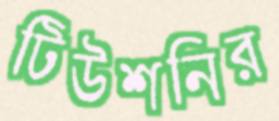
টিউশনির